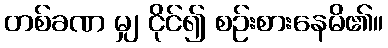
တစ်ခဏ မျှ ငိုင်၍ စဉ်းစားနေမိ၏။